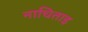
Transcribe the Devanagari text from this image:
नाचिताइ